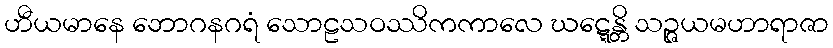
ဟီယမာနေ ဘောဂနဂရံ သောဠသဝဿိကကာလေ ဃဋ္ဋေန္တိ သဉ္ဇယမဟာရာဇာ